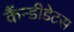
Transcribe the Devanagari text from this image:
कैंन्डीडेटस